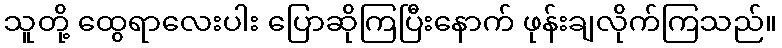
သူတို့ ထွေရာလေးပါး ပြောဆိုကြပြီးနောက် ဖုန်းချလိုက်ကြသည်။